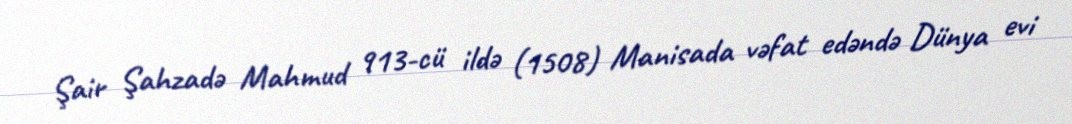
Şair Şahzadə Mahmud 913-cü ildə (1508) Manisada vəfat edəndə Dünya evi